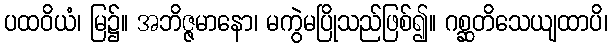
ပထဝိယံ၊ မြ၌။ အဘိဇ္ဇမာနော၊ မကွဲမပြိုသည်ဖြစ်၍။ ဂစ္ဆတိသေယျထာပိ၊